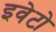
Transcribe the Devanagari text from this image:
इवेटो